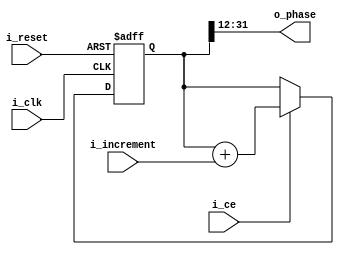
`timescale 1 ns/100 ps  // time-unit = 1 ns, precision = 10 ps

module nco (
    i_clk, i_reset, i_ce, i_increment, o_phase
	);
parameter OW = 20, // output phase value width
			PW = 32; //internal phase accumulator width

input wire i_clk;
input wire i_reset;
input wire i_ce;
input wire [(PW-2):0] i_increment;
output wire [(OW-1):0] o_phase;

reg [(PW-1):0] phase_register;

assign o_phase = phase_register[(PW-1):(PW-OW)];

always @(posedge i_clk or posedge i_reset) begin
	if (i_reset) begin
		phase_register <= {PW{1'b0}};
	end
	else begin
		if (i_ce) begin
			phase_register <= phase_register + i_increment;
		end
	end
end


endmodule